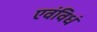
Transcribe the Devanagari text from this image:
एवंविधं